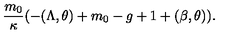
\frac { m _ { 0 } } { \kappa } ( - ( \Lambda , \theta ) + m _ { 0 } - g + 1 + ( \beta , \theta ) ) .